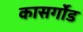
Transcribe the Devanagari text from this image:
कासर्गोड